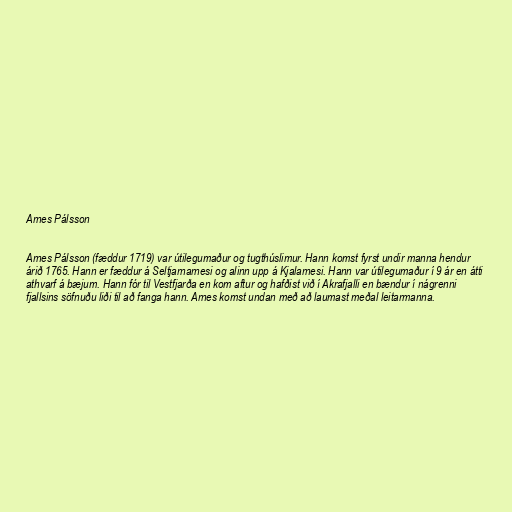
Arnes Pálsson

Arnes Pálsson (fæddur 1719) var útilegumaður og tugthúslimur. Hann komst fyrst undir manna hendur
árið 1765. Hann er fæddur á Seltjarnarnesi og alinn upp á Kjalarnesi. Hann var útilegumaður í 9 ár en átti
athvarf á bæjum. Hann fór til Vestfjarða en kom aftur og hafðist við í Akrafjalli en bændur í nágrenni
fjallsins söfnuðu liði til að fanga hann. Arnes komst undan með að laumast meðal leitarmanna.